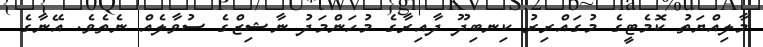
މާލިއްޔަތު ކޮމެޓީގެ މުގައްރިރު ކިނބިދޫ ދާއިރާގެ މުހަންމަދު ނާޝިޒްގެ ސުވާލެއް ނެތެވެ. އޭނާގެ